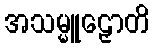
အသမ္မူဠှောတိ